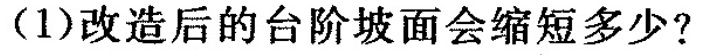
(1)改造后的台阶坡面会缩短多少?